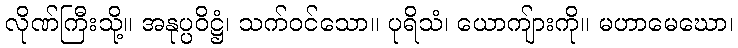
လိုဏ်ကြီးသို့။ အနုပ္ပဝိဋ္ဌံ၊ သက်ဝင်သော။ ပုရိသံ၊ ယောကျ်ားကို။ မဟာမေဃော၊